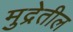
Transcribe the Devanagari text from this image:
मुद्रेतील